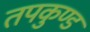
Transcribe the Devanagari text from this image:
तपकुण्ड